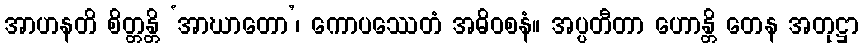
အာဟနတိ စိတ္တန္တိ ‘အာဃာတော’၊ ကောပဿေတံ အဓိဝစနံ။ အပ္ပတီတာ ဟောန္တိ တေန အတုဋ္ဌာ